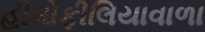
હીમોફીલિયાવાળા